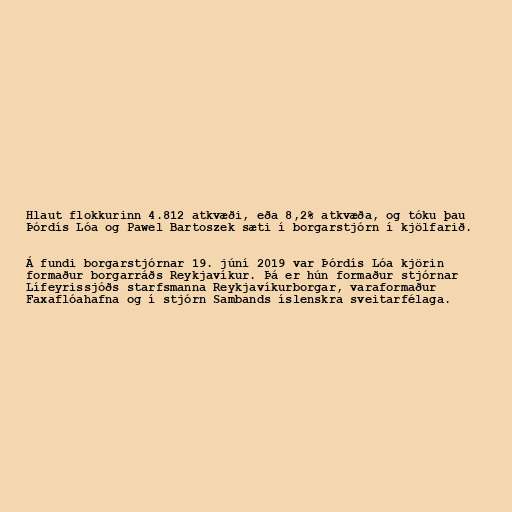
Hlaut flokkurinn 4.812 atkvæði, eða 8,2% atkvæða, og tóku þau
Þórdís Lóa og Pawel Bartoszek sæti í borgarstjórn í kjölfarið.

Á fundi borgarstjórnar 19. júní 2019 var Þórdís Lóa kjörin
formaður borgarráðs Reykjavíkur. Þá er hún formaður stjórnar
Lífeyrissjóðs starfsmanna Reykjavíkurborgar, varaformaður
Faxaflóahafna og í stjórn Sambands íslenskra sveitarfélaga.